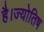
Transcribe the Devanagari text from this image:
है।ज्योतिष